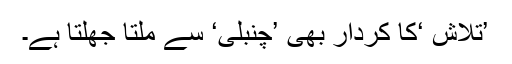
’تلاش ‘کا کردار بھی ’چنبلی‘ سے ملتا جھلتا ہے۔